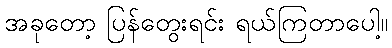
အခုတော့ ပြန်တွေးရင်း ရယ်ကြတာပေါ့။